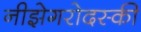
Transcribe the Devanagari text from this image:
नीझेगरोदस्की